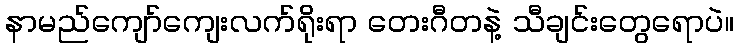
နာမည်ကျော်ကျေးလက်ရိုးရာ တေးဂီတနဲ့ သီချင်းတွေရောပဲ။